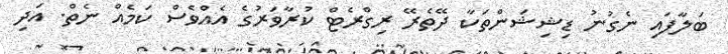
ބަލާފައި ނެގުނު ޑިޝިޝަންތަކާ ދޭތެރޭ ރިގްރެޓް ކުރާވަރުގެ އެއްވެސް ކަމެއް ނެތް. އަދި